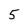
Character: 5